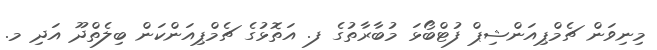
މިނިވަން ޗެމްޕިއަންޝިޕް ފުޓްބޯޅަ މުބާރާތުގެ ފ. އަތޮޅުގެ ޗެމްޕިއަންކަން ބިލެތްދޫ އަދި މ.